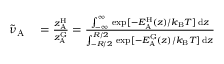
\begin{array} { r l } { \tilde { \nu } _ { \mathrm { A } } } & { { } = \frac { z _ { \mathrm { A } } ^ { \mathrm { H } } } { z _ { \mathrm { A } } ^ { \mathrm { G } } } = \frac { \int _ { - \infty } ^ { \infty } \, \exp [ - E _ { \mathrm { A } } ^ { \mathrm { H } } ( z ) / k _ { \mathrm { B } } T ] \, \mathrm { d } z } { \int _ { - R / 2 } ^ { R / 2 } \, \exp [ - E _ { \mathrm { A } } ^ { \mathrm { G } } ( z ) / k _ { \mathrm { B } } T ] \, \mathrm { d } z } } \end{array}